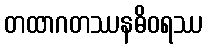
တထာဂတဿနဓိဝရဿ